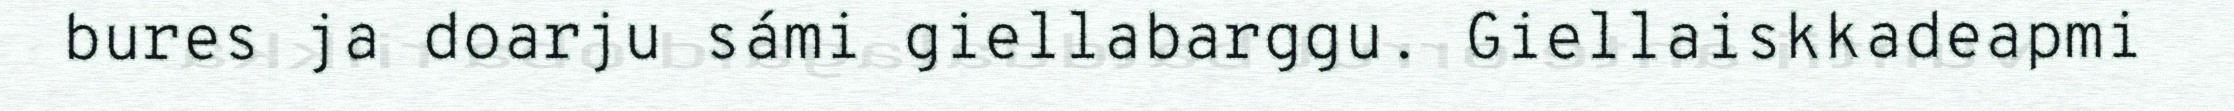
bures ja doarju sámi giellabarggu. Giellaiskkadeapmi